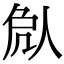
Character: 𠈽